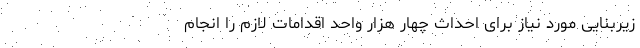
زیربنایی مورد نیاز برای احداث چهار هزار واحد اقدامات لازم را انجام